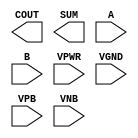
module sky130_fd_sc_lp__ha (
    COUT,
    SUM ,
    A   ,
    B   ,
    VPWR,
    VGND,
    VPB ,
    VNB
);

    output COUT;
    output SUM ;
    input  A   ;
    input  B   ;
    input  VPWR;
    input  VGND;
    input  VPB ;
    input  VNB ;
endmodule